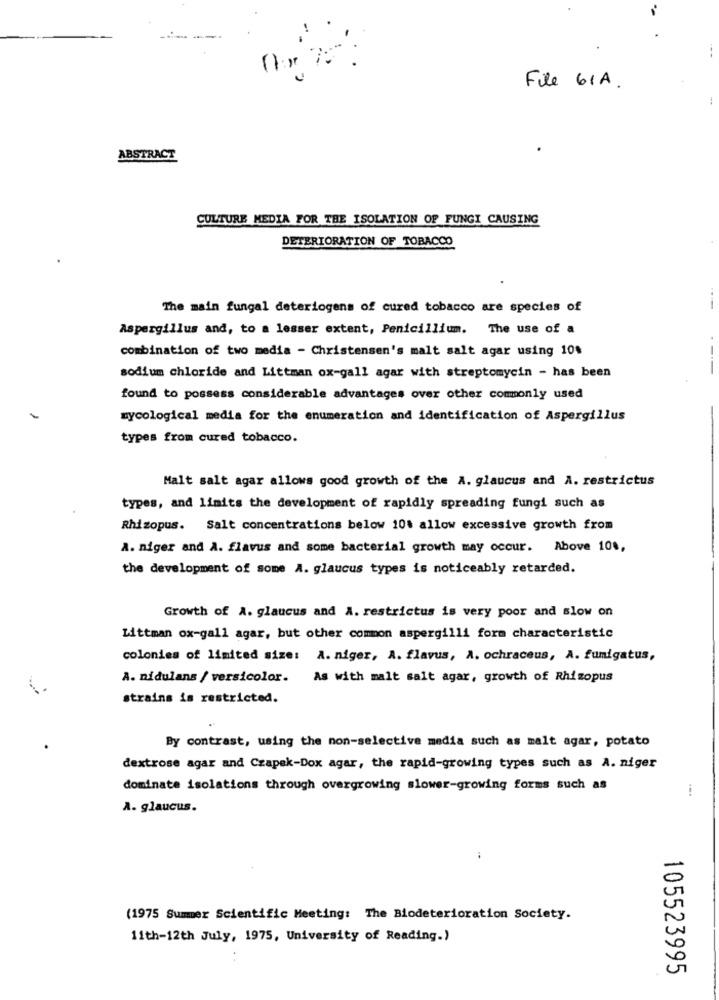
File 61A.
ABSTRACT
CULTURE MEDIA FOR THE ISOLATION OF FUNGI CAUSING
DETERIORATION OF TOBACCO
The main fungal deteriogens of cured tobacco are species of
Aspergillus and, to a lesser extent, Penicillium. The use of a
combination of two media - Christensen's malt salt agar using 10%
----
sodium chloride and Littman ox-gall agar with streptomycin - has been
found to possess considerable advantages over other commonly used
mycological media for the enumeration and identification of Aspergillus
types from cured tobacco.
Malt salt agar allows good growth of the A. glaucus and A. restrictus
types, and limits the development of rapidly spreading fungi such as
Rhizopus. Salt concentrations below 10% allow excessive growth from
A. niger and A. flavus and some bacterial growth may occur. Above 10%,
the development of some A. glaucus types is noticeably retarded.
Growth of A. glaucus and A. restrictus is very poor and slow on
Littman ox-gall agar, but other common aspergilli form characteristic
colonies of limited size: A. niger, A. flavus, A. ochraceus, A. fumigatus,
A. nidulans / versicolor.
As with malt salt agar, growth of Rhizopus
strains is restricted.
By contrast, using the non-selective media such as malt agar, potato
dextrose agar and Czapek-Dox agar, the rapid-growing types such as A. niger
dominate isolations through overgrowing slower-growing forms such as
A. glaucus.
(1975 Summer Scientific Meeting: The Biodeterioration Society.
11th-12th July, 1975, University of Reading.)
105523995